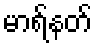
မာရ်နတ်